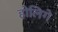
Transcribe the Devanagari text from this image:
होलिगे